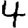
Digit: 4